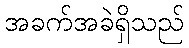
အခက်အခဲရှိသည်